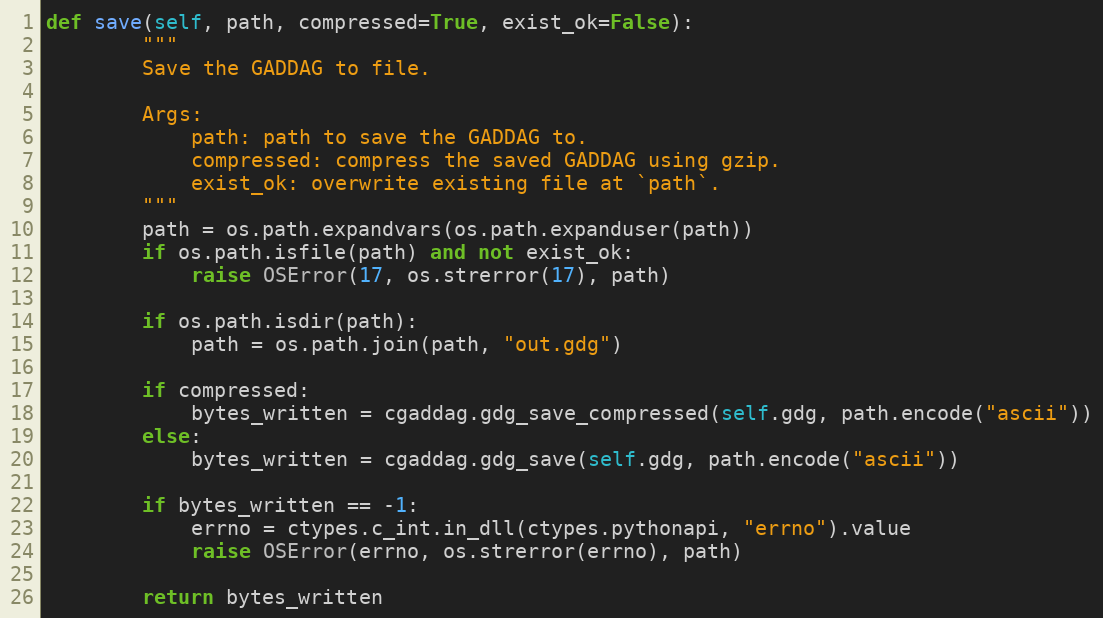
Language: Python
def save(self, path, compressed=True, exist_ok=False):
        """
        Save the GADDAG to file.

        Args:
            path: path to save the GADDAG to.
            compressed: compress the saved GADDAG using gzip.
            exist_ok: overwrite existing file at `path`.
        """
        path = os.path.expandvars(os.path.expanduser(path))
        if os.path.isfile(path) and not exist_ok:
            raise OSError(17, os.strerror(17), path)

        if os.path.isdir(path):
            path = os.path.join(path, "out.gdg")

        if compressed:
            bytes_written = cgaddag.gdg_save_compressed(self.gdg, path.encode("ascii"))
        else:
            bytes_written = cgaddag.gdg_save(self.gdg, path.encode("ascii"))

        if bytes_written == -1:
            errno = ctypes.c_int.in_dll(ctypes.pythonapi, "errno").value
            raise OSError(errno, os.strerror(errno), path)

        return bytes_written